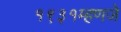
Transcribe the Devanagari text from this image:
१९३१म्हणजे